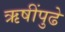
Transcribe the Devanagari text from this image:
ऋषींपुढे